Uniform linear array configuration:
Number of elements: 24
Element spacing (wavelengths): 1
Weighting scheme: exponential
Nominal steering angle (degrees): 45
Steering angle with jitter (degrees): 46.377
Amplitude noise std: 0.05
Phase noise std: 0.05

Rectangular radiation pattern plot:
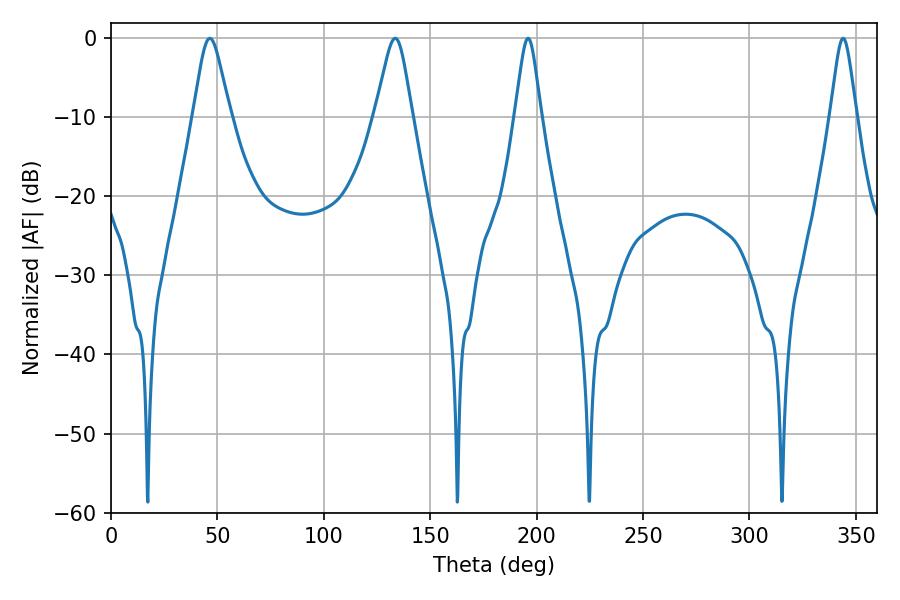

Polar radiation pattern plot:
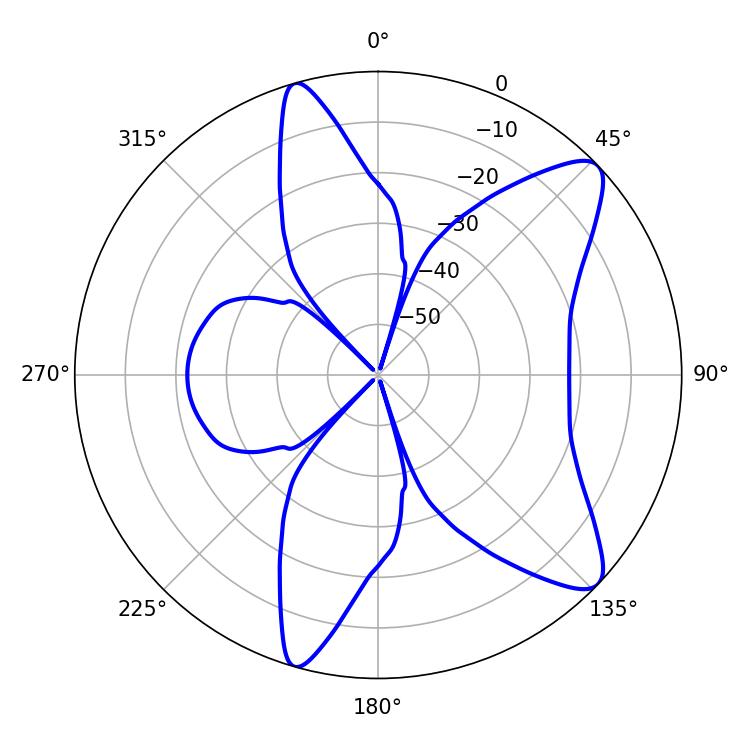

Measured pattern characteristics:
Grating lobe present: TRUE
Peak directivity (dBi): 10.135
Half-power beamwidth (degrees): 8.28
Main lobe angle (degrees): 46.44